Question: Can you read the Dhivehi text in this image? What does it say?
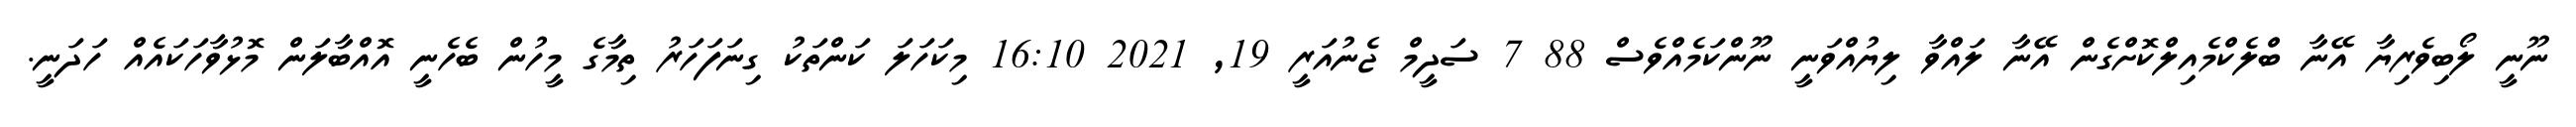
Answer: ނޫނީ ލޯބިވެރިޔާ އޭނާ ބްލެކްމެއިލްކޮށްގެން އޭނާ ލައްވާ ލިޔުއްވަނީ ނޫންކަމެއްވެސް 88 7 ސަދީމް ޖެނުއަރީ 19, 2021 16:10 މިކަހަލަ ކަންތަކު ގިނަފަހަރު ތިމާގެ މީހުން ބެހެނީ އޮއްބާލަން މޮޅުވާހަކައެއް ހަދަނީ.